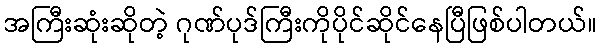
အကြီးဆုံးဆိုတဲ့ ဂုဏ်ပုဒ်ကြီးကိုပိုင်ဆိုင်နေပြီဖြစ်ပါတယ်။